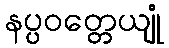
နပ္ပဝတ္တေယျုံ